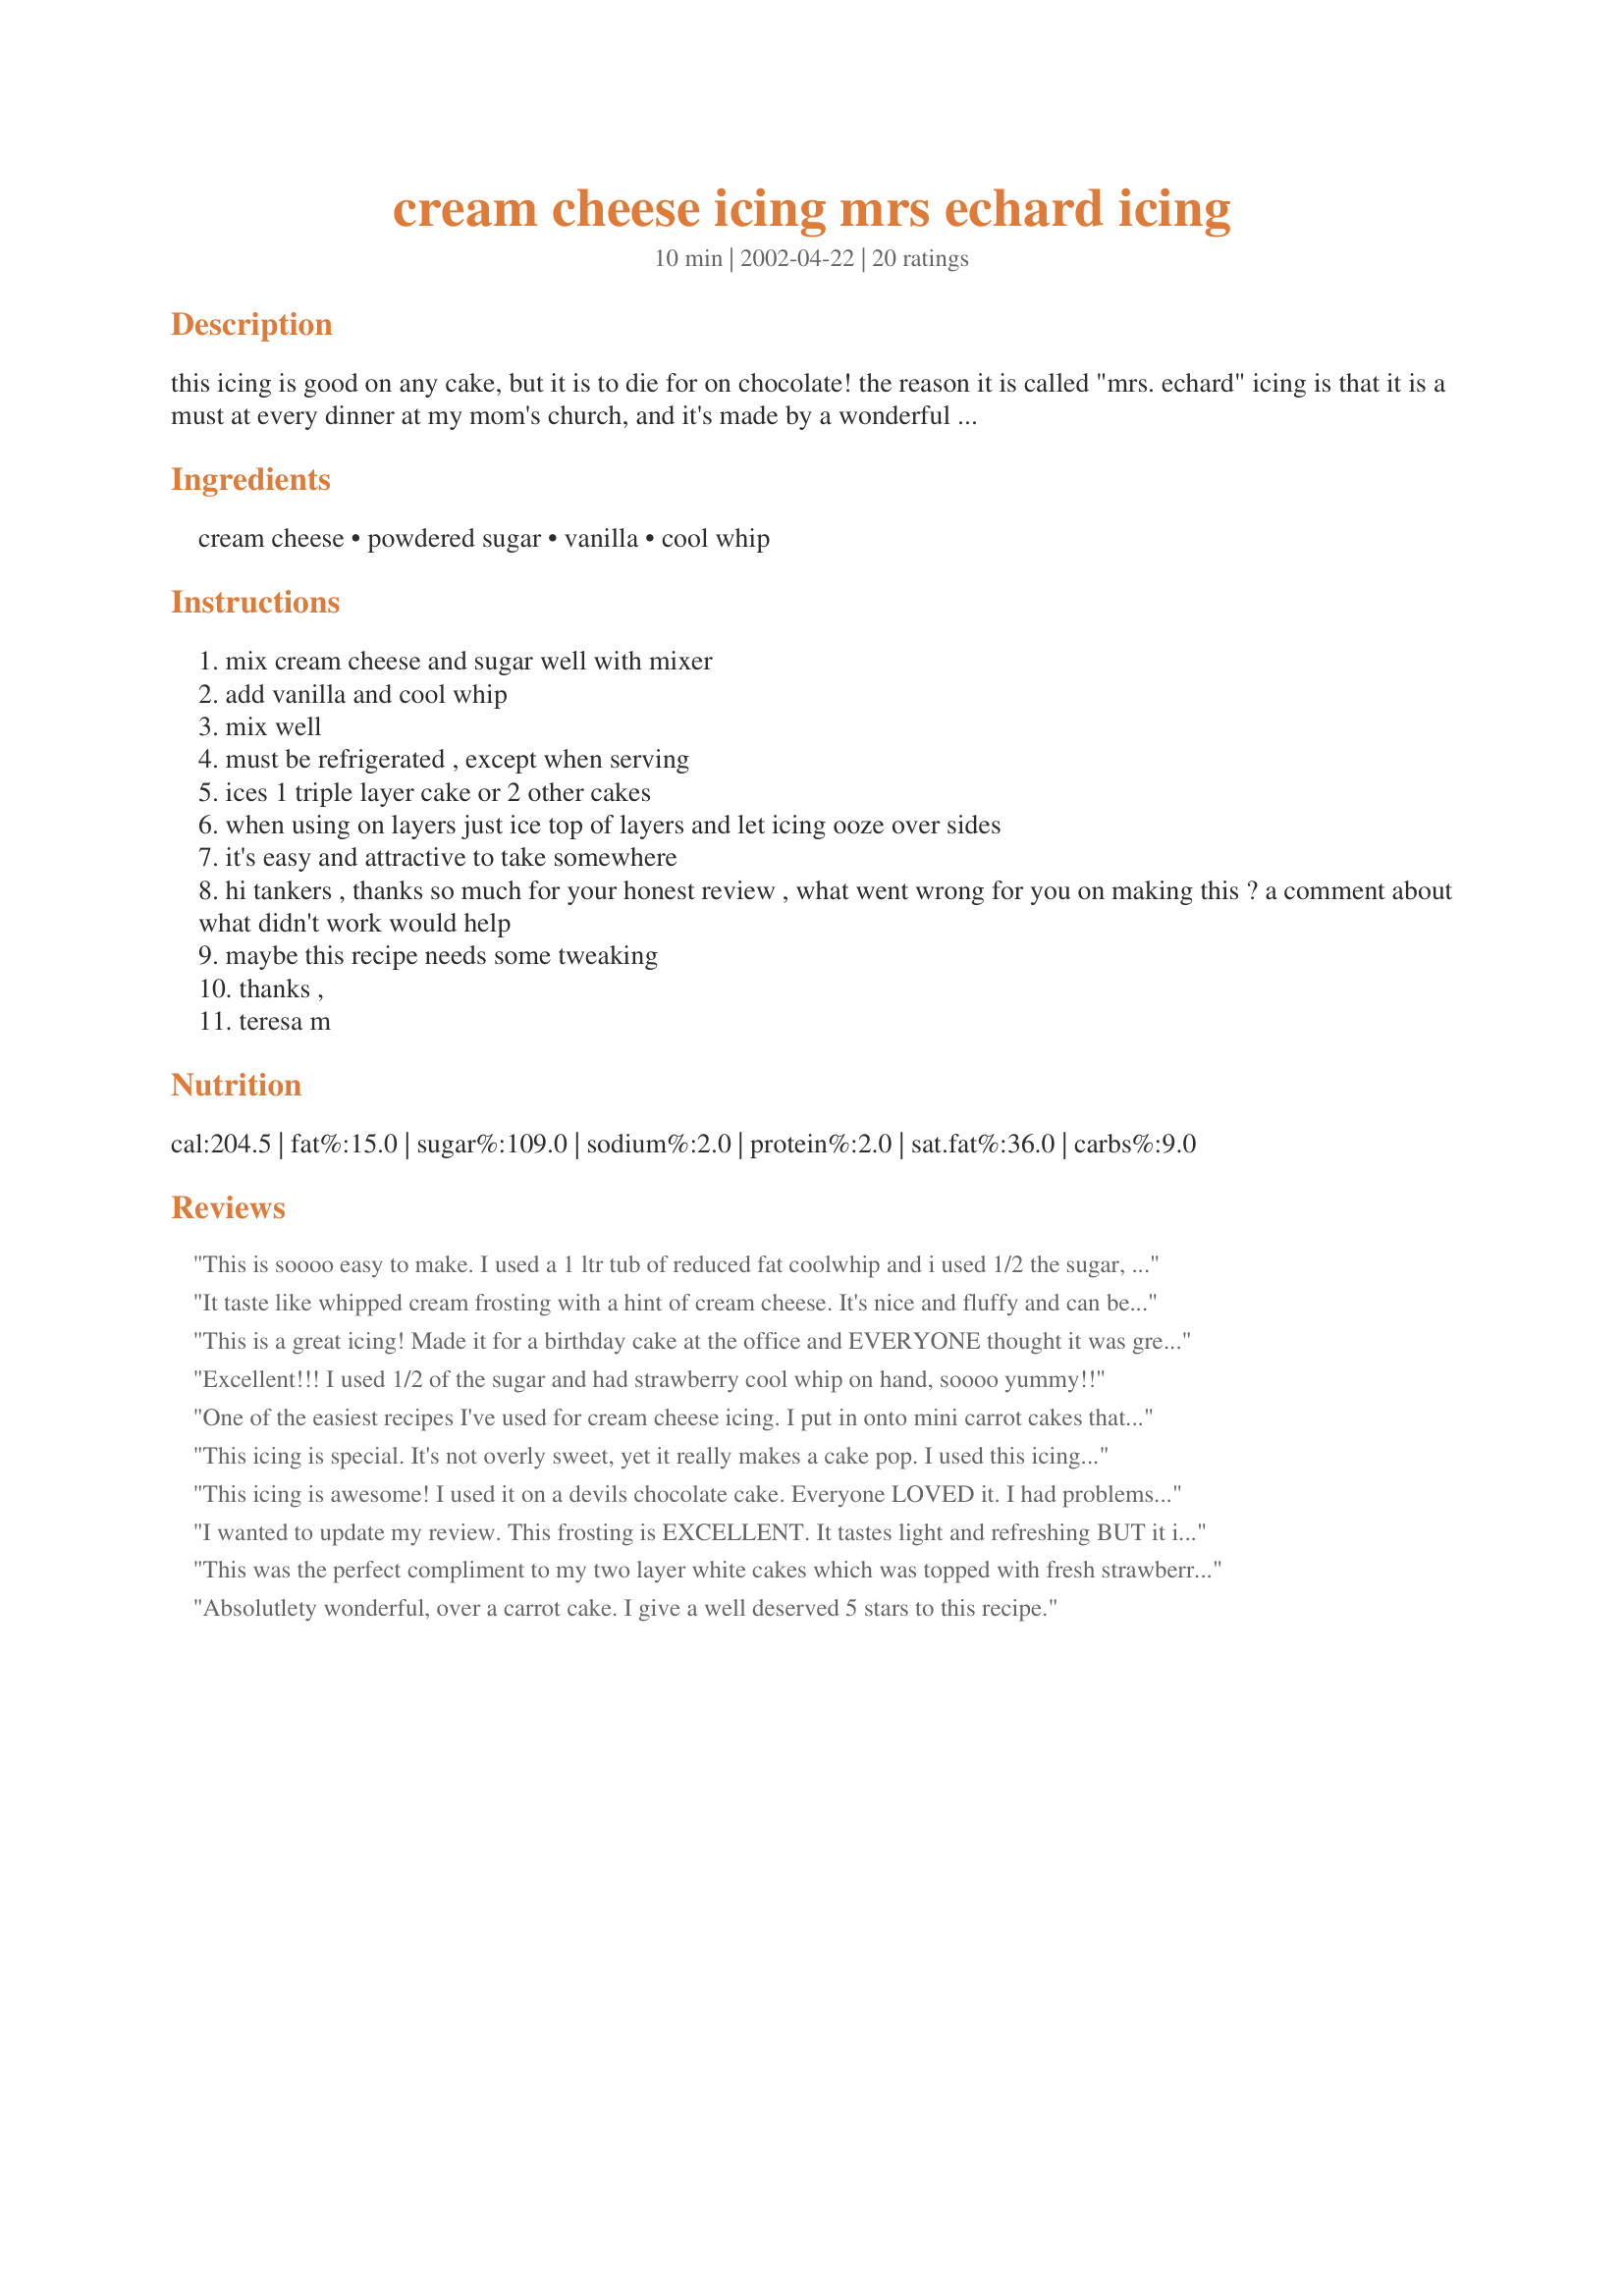
cream cheese icing mrs echard icing
Preparation time: 10 minutes

this icing is good on any cake, but it is to die for on chocolate! the reason it is called "mrs. echard" icing is that it is a must at every dinner at my mom's church, and it's made by a wonderful lady there named virginia echard.

Ingredients:
cream cheese, powdered sugar, vanilla, cool whip

Steps:
mix cream cheese and sugar well with mixer
add vanilla and cool whip
mix well
must be refrigerated , except when serving
ices 1 triple layer cake or 2 other cakes
when using on layers just ice top of layers and let icing ooze over sides
it's easy and attractive to take somewhere
hi tankers , thanks so much for your honest review , what went wrong for you on making this ? a comment about what didn't work would help
maybe this recipe needs some tweaking
thanks ,
teresa m

Reviews:
This is soooo easy to make. I used a 1 ltr tub of reduced fat coolwhip and i used 1/2 the sugar, as i don't like my icing very sweet. It turned out delicious. After icing my cake i added cocoa powder, and a little nestle Quick to the remainder to write "Happy BDay" on the cake! Worked wonderfuly!
It taste like whipped cream frosting with a hint of cream cheese. It's nice and fluffy and can be easily piped.
I used 8 ozs. of Extra Creamy CoolWhip & 1&1/2 cups of pdr.sugar.
I used it on a pumpkin spice cake w/white chocolate chips. It was great. The whole family loved it. I will definitely use it again!
This is a great icing! Made it for a birthday cake at the office and EVERYONE thought it was great and so so easy to make. Thanks!
Excellent!!! I used 1/2 of the sugar and had strawberry cool whip on hand, soooo yummy!!
One of the easiest recipes I've used for cream cheese icing. I put in onto mini carrot cakes that are in my freezer for OAMC. The leftover I added some extra cool whip and used to dip apple slices in.
This icing is special. It's not overly sweet, yet it really makes a cake pop. I used this icing on cream cheese caramel almond pound cake. I topped the cake off with some fresh strawberries. All of the ingredients blended well. The icing is a good transition between the fruit and the cake.
This icing is awesome! I used it on a devils chocolate cake. Everyone LOVED it. I had problems using it to decorating the cake though. I was using a pastry bag with a star tip.
I wanted to update my review. This frosting is EXCELLENT. It tastes light and refreshing BUT it is STURDY!! I've made several cakes (uploaded my castle and luau cake) with this frosting and it holds up great. It has a nice shiny appearance as well. I can't get over how excellent it is.<br/><br/>*Just added my Pinkalicious cake made with this icing....I love, love, love this icing and I make it exactly as stated. This frosting does even better after you've decorated if you stick the structure (cake) back in the fridge....it "stiffens" up enough to hold and retain its appearance without tasting stiff or hard. THE BEST EVER!!!
This was the perfect compliment to my two layer white cakes which was topped with fresh strawberries. I did however have quite a bit leftover.
Absolutlety wonderful, over a carrot cake. I give a well deserved 5 stars to this recipe.
This icing was so wonderfully nice and fluffy and not too rich. I do not care for really sugary icing so this one was great! I used it on a banana cake. Thank you so much. I will use this recipe again. :-)
Thanks for a wonderful and tasty icing recipe. I agree with all of the other 5 star comments this is a keeper.
so yummmmmy!!!!!
Tell Mrs Echard thank you! This is great. I've made cream cheese frosting before but never with cool whip. It seems to lighten it up. Thanks for posting this recipe.
I love this recipe, it is very versatile. if you want a very sweet icing, use more sugar, if you want a less sweet icing use less sugar. Also, the more sugar you use, the stiffer the icing becomes.
This is a WONDERFUL recipe except I use just regular sugar to make it instead of powdered. It gives it a little texture. That is the way that my granny-whom I first got this recipe from- makes it. I always buy a box of devils chocolate cake mix and I make it a double layer cake and use this icing. Its just to die for.
Great icing. I used fat free cream cheese and fat free coolwhip. Used it to ice Recipe#164551 (obviously they are no longer vegan with the addition of this icing) and it was fluffy and light tasting with a hint of cream cheese. A great combination. Also, this makes a wonderful fruit dip!
WOW! I was shocked at how good it was when I first made it! I used it on on red velvet cupcakes and now my friends are calling me cupcakes -.-;; Very pleased with the results.
This was so tasty and easy to make. The cool whip made a big difference. I as well have made cream cheese icing but never with cool whip. It was a hit! Thank You!
I made this with reduced fat cream cheese, 2 cups of powdered sugar, and 8 ounces of cool whip (and the vanilla). Not too sweet...but, really good - my room mates ate all the leftovers out of the bowl.
